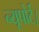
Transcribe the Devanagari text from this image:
न्यूपोर्ट।